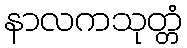
နာလကသုတ္တံ